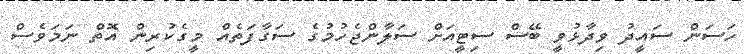
ހަސަން ސައީދު ވިދާޅުވީ ބޭސް ސިޓީއަށް ސަލާންޖެހުމުގެ ސަގާފަތެއް މީގެކުރިން އޮތް ނަމަވެސް